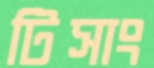
টিসাং